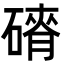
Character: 𮀾